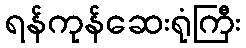
ရန်ကုန်ဆေးရုံကြီး